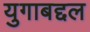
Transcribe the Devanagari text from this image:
युगाबद्दल